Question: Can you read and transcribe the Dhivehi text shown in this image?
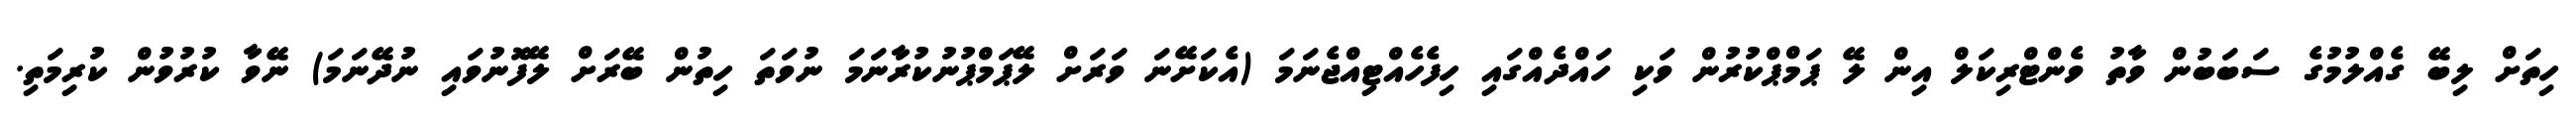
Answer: ހިތަށް ލިބޭ ގެއްލުމުގެ ސަބަބުން ވާތު ވެންޓްރިކަލް އިން ލޭ ޕަމްޕްކުރުން ވަކި ހައްދެއްގައި ހިފެހެއްޓިއްޖެނަމަ (އެކަށޭނަ ވަރަށް ލޭޕަމްޕުނުކުރާނަމަ ނުވަތަ ހިތުން ބޭރަށް ލޭފޮނުވައި ނުދޭނަމަ) ނޭވާ ކުރުވުން ކުރިމަތި.